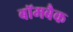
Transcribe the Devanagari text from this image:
बॉमबैक